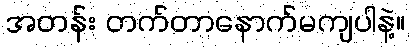
အတန်း တက်တာနောက်မကျပါနဲ့။